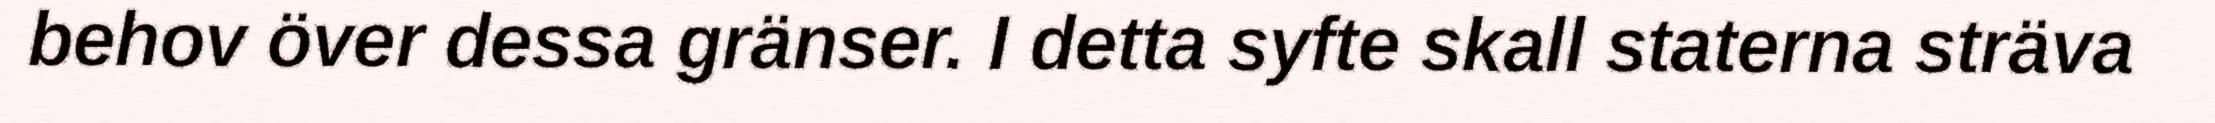
behov över dessa gränser. I detta syfte skall staterna sträva